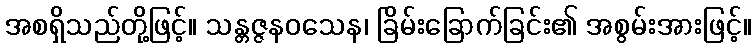
အစရှိသည်တို့ဖြင့်။ သန္တဇ္ဇနဝသေန၊ ခြိမ်းခြောက်ခြင်း၏ အစွမ်းအားဖြင့်။